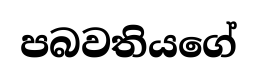
පබවතියගේ